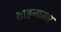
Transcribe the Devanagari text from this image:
शाहनामए